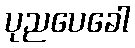
ပုညပေခေါ